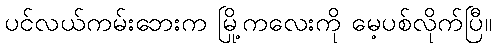
ပင်လယ်ကမ်းဘေးက မြို့ကလေးကို မေ့ပစ်လိုက်ပြီ။